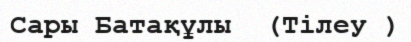
Сары Батақұлы  (Тілеу )